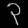
Digit: ၃